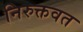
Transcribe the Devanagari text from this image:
निरुक्तवत